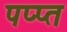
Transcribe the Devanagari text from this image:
पप्प्त